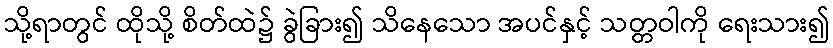
သို့ရာတွင် ထိုသို့ စိတ်ထဲ၌ ခွဲခြား၍ သိနေသော အပင်နှင့် သတ္တဝါကို ရေးသား၍